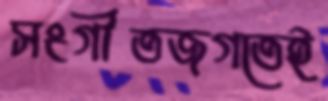
সংগীতজগতেই